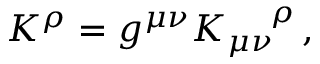
K ^ { \rho } = g ^ { \mu \nu } { K _ { \mu \nu } } ^ { \! \rho } \, ,